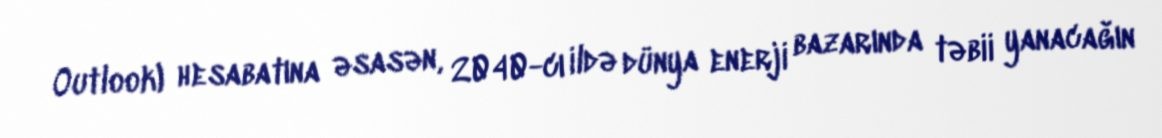
Outlook) hesabatına əsasən, 2040-cı ildə dünya enerji bazarında təbii yanacağın